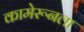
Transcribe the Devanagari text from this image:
कामेरूनला